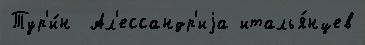
Тур'и́н  Ал'ессандр'иjа италья́нцев